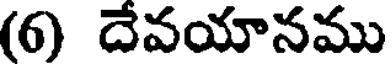
(6) దేవయానము